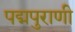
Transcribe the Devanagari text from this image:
पद्मपुराणी